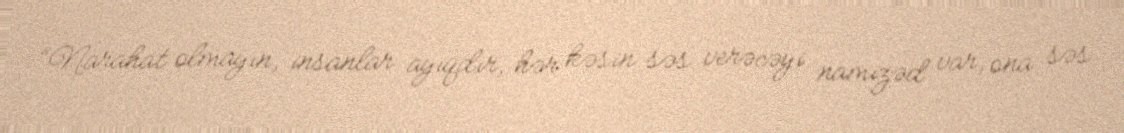
“Narahat olmayın, insanlar ayıqdır, hər kəsin səs verəcəyi namizəd var, ona səs